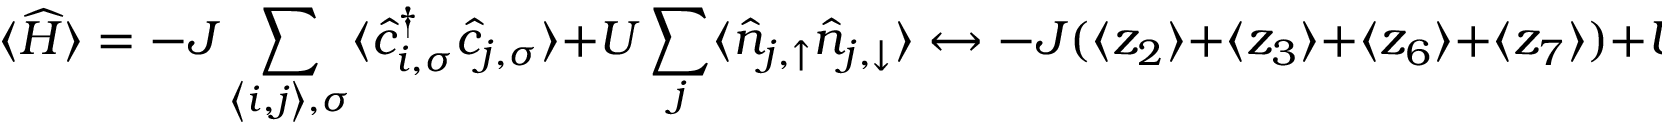
\langle \widehat { H } \rangle = - J \sum _ { { \left\langle i , j \right\rangle } , \sigma } \langle \hat { c } _ { { i } , \sigma } ^ { \dagger } \hat { c } _ { { j } , \sigma } \rangle + U \sum _ { { j } } \langle \hat { n } _ { { j } , \uparrow } \hat { n } _ { { j } , \downarrow } \rangle \leftrightarrow - J ( \langle z _ { 2 } \rangle + \langle z _ { 3 } \rangle + \langle z _ { 6 } \rangle + \langle z _ { 7 } \rangle ) + U ( \langle z _ { 1 } z _ { 5 } \rangle + \langle z _ { 4 } z _ { 8 } \rangle ) .